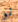
نو